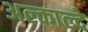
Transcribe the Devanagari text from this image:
अल्काल्दे